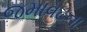
જમાવટના